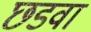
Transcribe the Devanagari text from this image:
छडवा